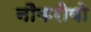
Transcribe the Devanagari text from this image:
नौकरीयो